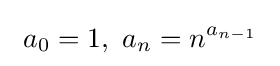
\ a_{0}=1,~a_{n}=n^{a_{n-1}}~